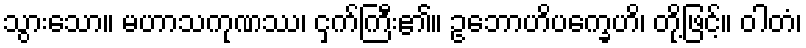
သွားသော။ မဟာသကုဏဿ၊ ငှက်ကြီး၏။ ဥဘောဟိပက္ခေဟိ၊ တို့ဖြင့်။ ဝါတံ၊